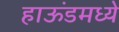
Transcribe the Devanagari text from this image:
हाऊंडमध्ये